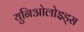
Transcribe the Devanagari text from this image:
युनिओलोइड्स